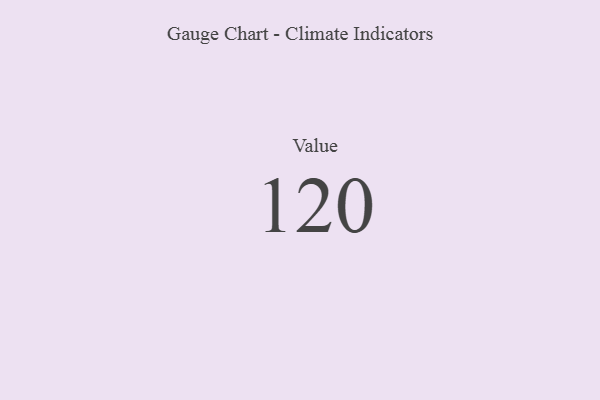
{"axis": {"x": "Metric", "y": "Value"}, "legend": [""], "data": [{"x": "Value", "y": 120, "type": ""}]}